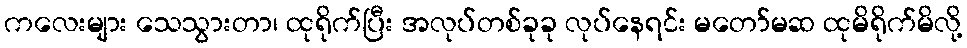
ကလေးများ သေသွားတာ၊ ထုရိုက်ပြီး အလုပ်တစ်ခုခု လုပ်နေရင်း မတော်မဆ ထုမိရိုက်မိလို့